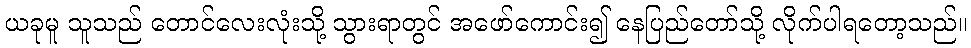
ယခုမူ သူသည် တောင်လေးလုံးသို့ သွားရာတွင် အဖော်ကောင်း၍ နေပြည်တော်သို့ လိုက်ပါရတော့သည်။